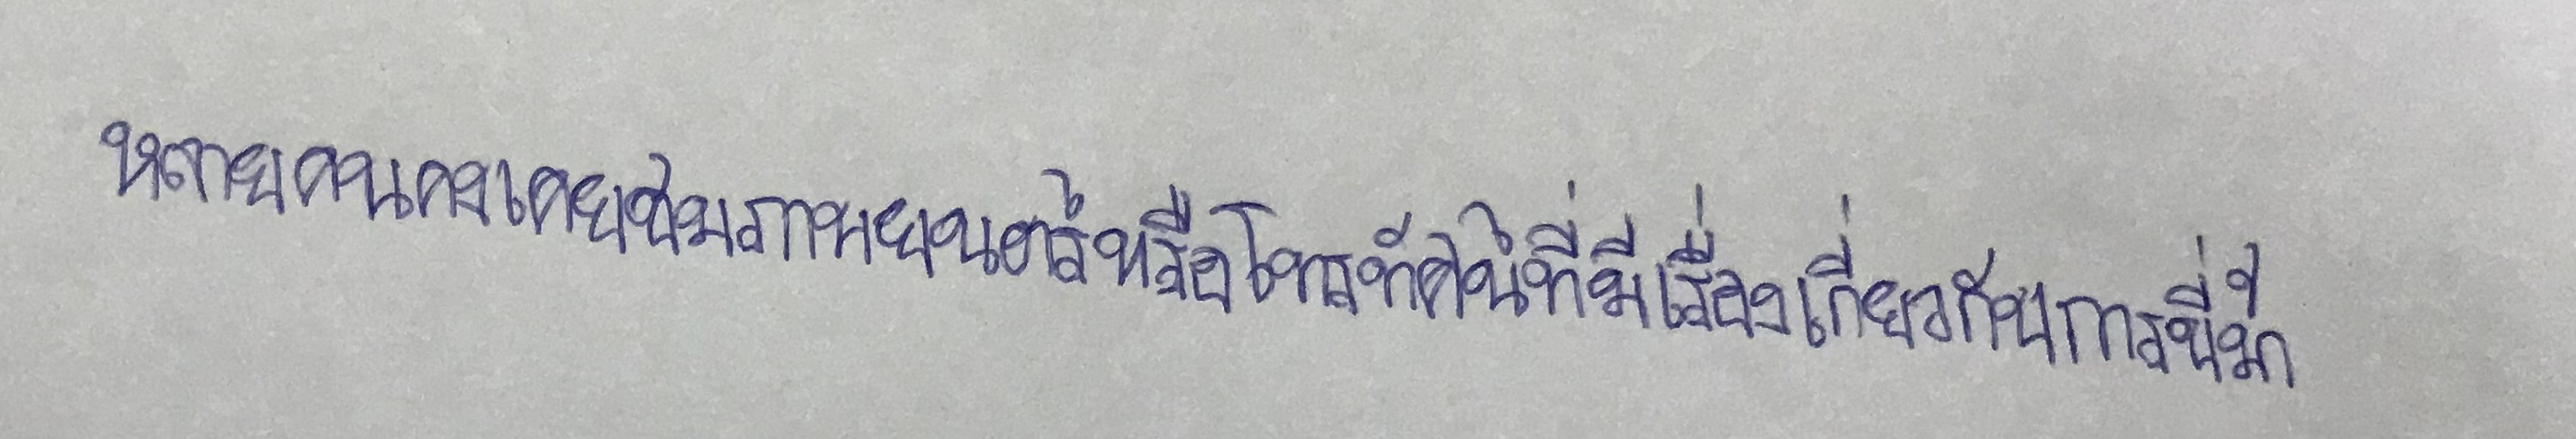
หลายคนคงเคยชมภาพยนตร์หรือโทรทัศน์ที่มีเรื่องเกี่ยวกับการขี่ม้า